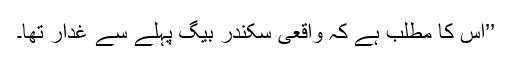
’’اس کا مطلب ہے کہ واقعی سکندر بیگ پہلے سے غدار تھا۔